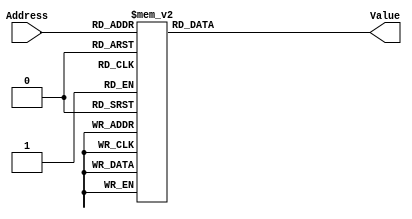
module rom16_re(
	input [2:0] Address, 
	output signed [13-1:0] Value
);

	reg signed[13-1:0] data;
	always @(Address) begin
		case (Address)
			0 : data = 13'd2048;
			1 : data = 13'd1892;
			2 : data = 13'd1448;
			3 : data = 13'd783;
			4 : data = 13'd0;
			5 : data = -13'd784;
			6 : data = -13'd1449;
			7 : data = -13'd1893;
		endcase
	end
	
	assign Value = data;
	
endmodule